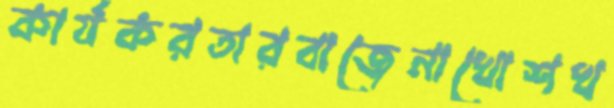
কার্যকরতারবাজেনাখোশখ